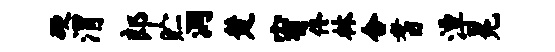
硬渭郎贮洞楚宥佟林合耆潭冕